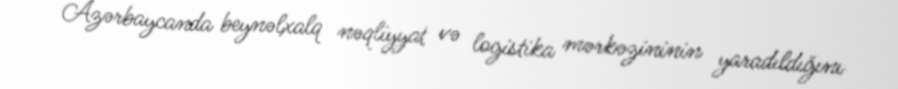
Azərbaycanda beynəlxalq nəqliyyat və logistika mərkəzininin yaradıldığını